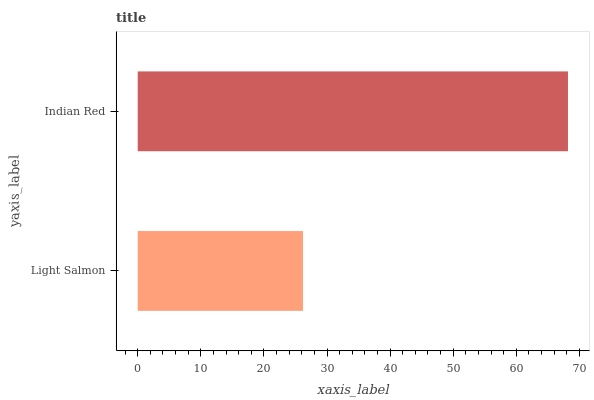
| yaxis_label | bars |
 | --- | --- |
 | Light Salmon | 26.2 |
 | Indian Red | 68.2 |